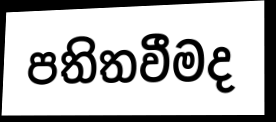
පතිතවීමද